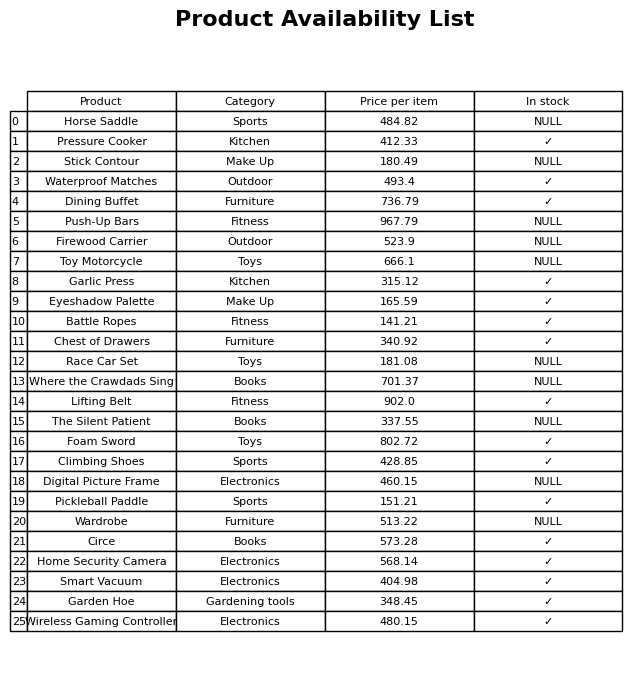
question: What is the price for Push-Up Bars?
answer: The price of Push-Up Bars is 967.79.